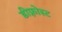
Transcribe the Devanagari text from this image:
डीफ़्रोस्ट